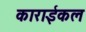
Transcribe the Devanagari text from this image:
काराईकल